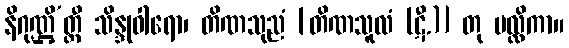
နိဂုဏ္ဌိ’တ္ထီ သိန္ဒုဝါရော၊ တိဏသုညံ [တိဏသူလံ (ဋီ.)] တု မလ္လိကာ။